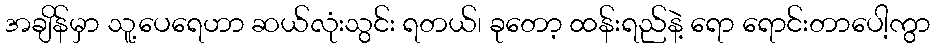
အချိန်မှာ သူ့ပေရေဟာ ဆယ်လုံးသွင်း ရတယ်၊ ခုတော့ ထန်းရည်နဲ့ ရော ရောင်းတာပေါ့ကွာ